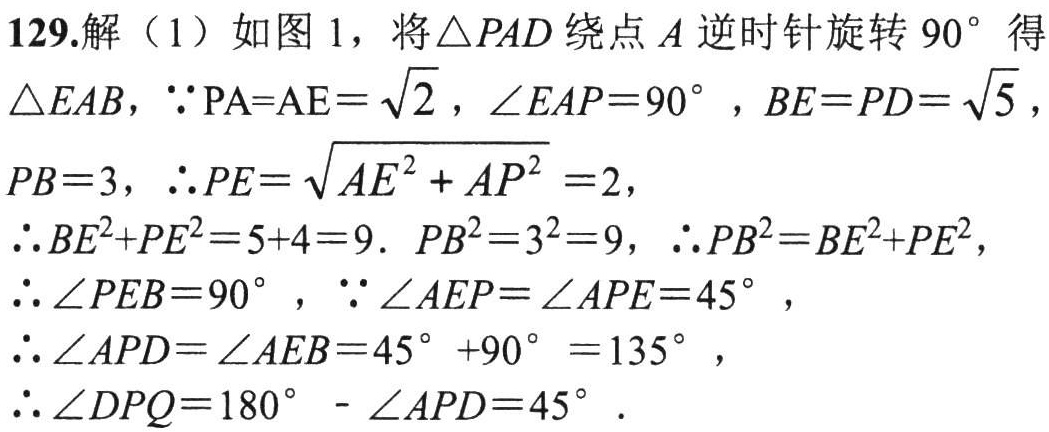
129.解（1）如图1，将\(\triangle PAD\)绕点\(A\)逆时针旋转\(90^{\circ}\)得\(\triangle EAB\)，\(\because PA = AE=\sqrt{2}\)，\(\angle EAP = 90^{\circ}\)，\(BE = PD=\sqrt{5}\)，\(PB = 3\)，\(\therefore PE=\sqrt{AE^{2}+AP^{2}} = 2\)，\(\therefore BE^{2}+PE^{2}=5 + 4 = 9\). \(PB^{2}=3^{2}=9\)，\(\therefore PB^{2}=BE^{2}+PE^{2}\)，\(\therefore \angle PEB = 90^{\circ}\)，\(\because \angle AEP=\angle APE = 45^{\circ}\)，\(\therefore \angle APD=\angle AEB = 45^{\circ}+90^{\circ}=135^{\circ}\)，\(\therefore \angle DPQ = 180^{\circ}-\angle APD = 45^{\circ}\).